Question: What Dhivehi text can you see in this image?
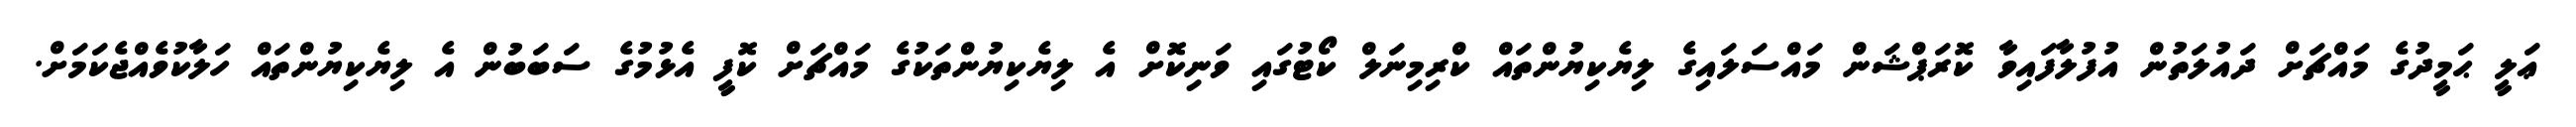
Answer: ޢަލީ ޙަމީދުގެ މައްޗަށް ދައުލަތުން އުފުލާފައިވާ ކޮރަޕްޝަން މައްސަލައިގެ ލިޔެކިޔުންތައް ކްރިމިނަލް ކޯޓުގައި ވަނިކޮށް އެ ލިޔެކިޔުންތަކުގެ މައްޗަށް ކޮފީ އެޅުމުގެ ސަބަބުން އެ ލިޔެކިޔުންތައް ހަލާކުވެއްޖެކަމަށް.